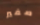
صفير